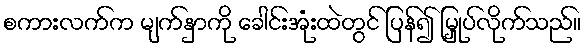
စကားလက်က မျက်နှာကို ခေါင်းအုံးထဲတွင် ပြန်၍ မြှုပ်လိုက်သည်။